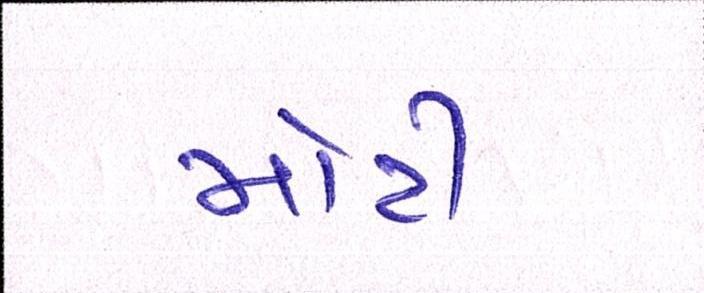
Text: મોટી